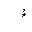
Letter: _hamza